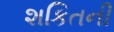
શકિતની